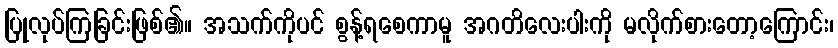
ပြုလုပ်ကြခြင်းဖြစ်၏။ အသက်ကိုပင် စွန့်ရစေကာမူ အဂတိလေးပါးကို မလိုက်စားတော့ကြောင်း၊